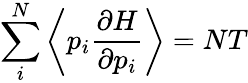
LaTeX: \sum_{i}^{N}\left\langle p_{i}\frac{\partial H}{\partial p_{i}}\right\rangle=NT